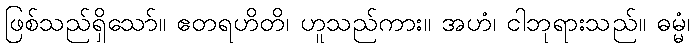
ဖြစ်သည်ရှိသော်။ ဧတရဟိတိ၊ ဟူသည်ကား။ အဟံ၊ ငါဘုရားသည်။ ဓမ္မံ၊